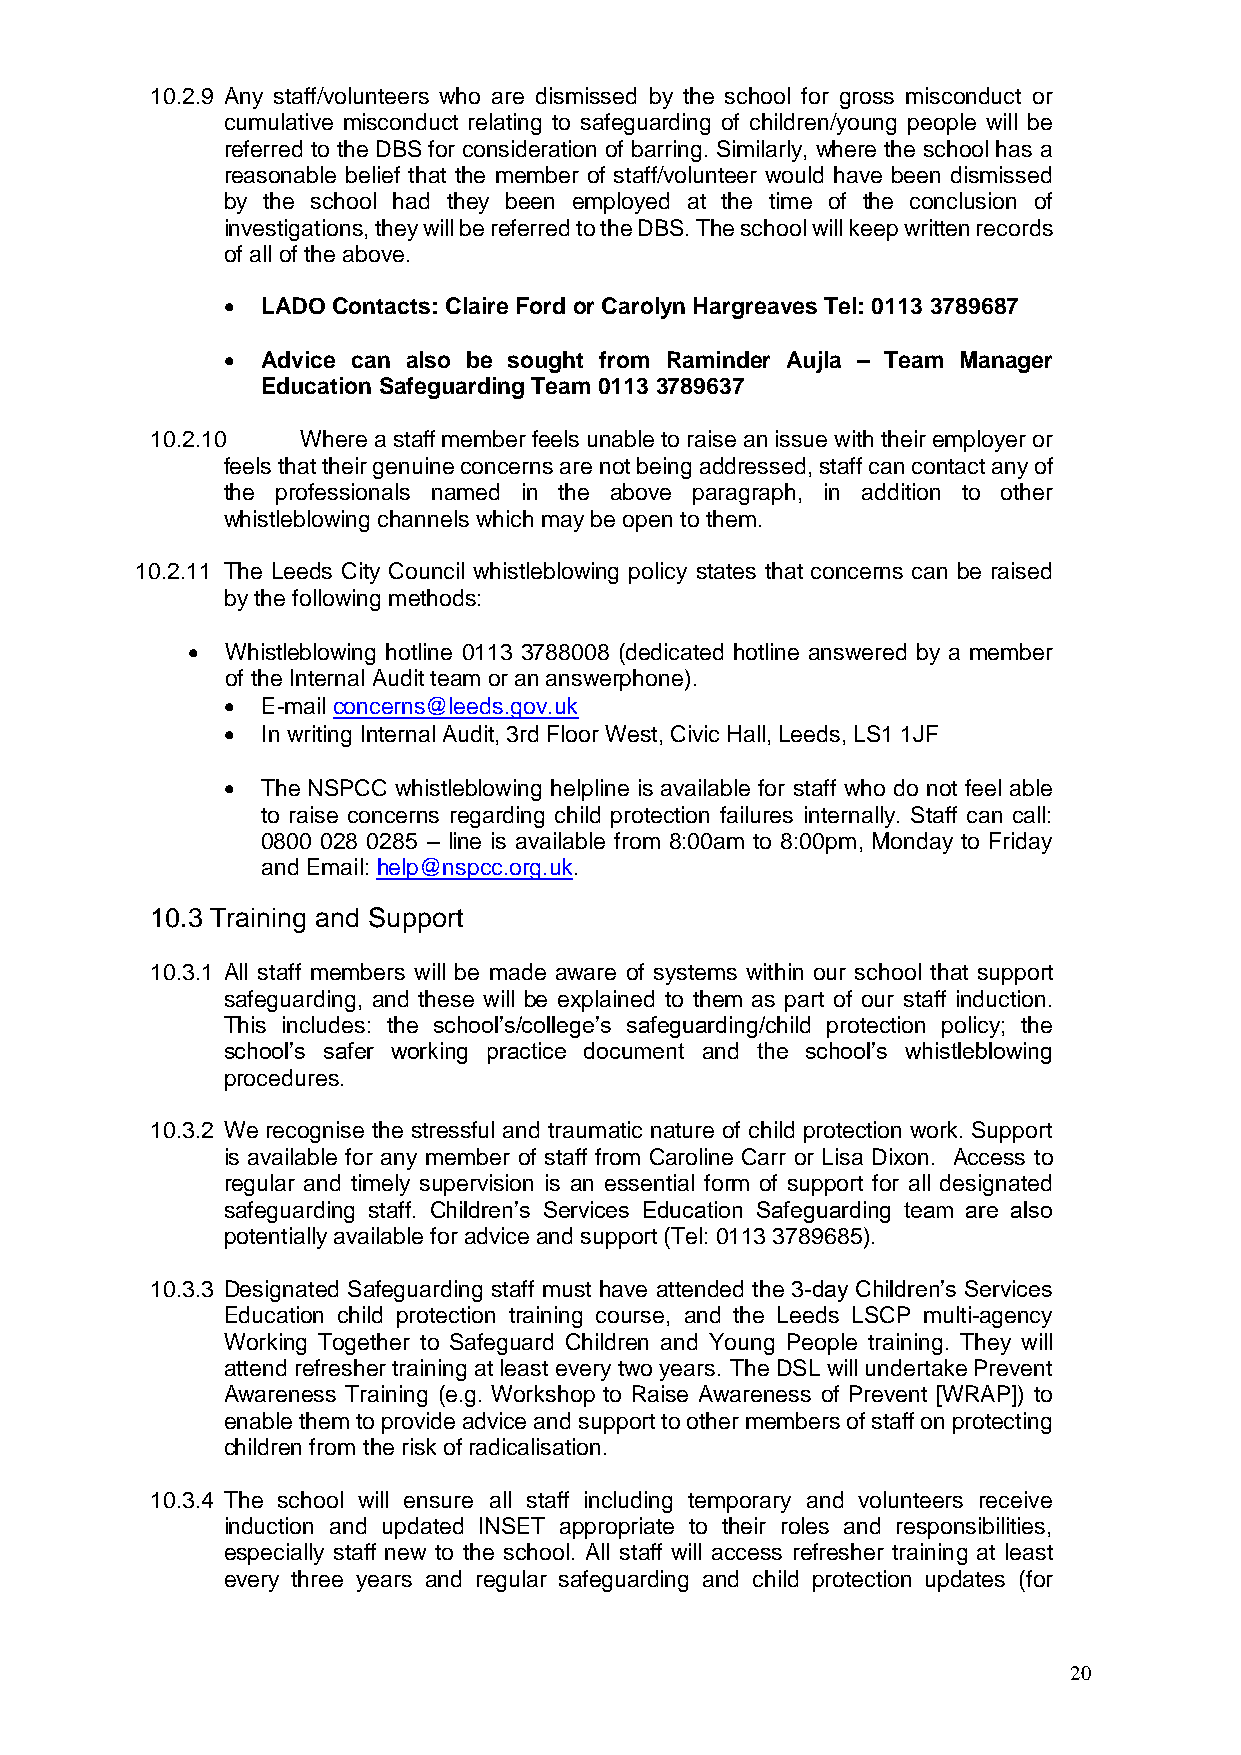
10.2.9 Any staff/volunteers who are dismissed by the school for gross misconduct or
 cumulative misconduct relating to safeguarding of children/young people will be
 referred to the DBS for consideration of barring. Similarly, where the school has a
 reasonable belief that the member of staff/volunteer would have been dismissed
 by the school had they been employed at the time of the conclusion of
 investigations, they will be referred to the DBS. The school will keep written records
 of all of the above.
  LADO Contacts: Claire Ford or Carolyn Hargreaves Tel: 0113 3789687
  Advice can also be sought from Raminder Aujla – Team Manager
 Education Safeguarding Team 0113 3789637
 10.2.10   Where a staff member feels unable to raise an issue with their employer or
 feels that their genuine concerns are not being addressed, staff can contact any of
 the professionals named in the above paragraph, in addition to other
 whistleblowing channels which may be open to them.
 10.2.11 The Leeds City Council whistleblowing policy states that concerns can be raised
 by the following methods:
   Whistleblowing hotline 0113 3788008 (dedicated hotline answered by a member
 of the Internal Audit team or an answerphone).
  E-mail concerns@leeds.gov.uk
  In writing Internal Audit, 3rd Floor West, Civic Hall, Leeds, LS1 1JF
  The NSPCC whistleblowing helpline is available for staff who do not feel able
 to raise concerns regarding child protection failures internally. Staff can call:
 0800 028 0285 – line is available from 8:00am to 8:00pm, Monday to Friday
 and Email: help@nspcc.org.uk.
 10.3 Training and Support
 10.3.1 All staff members will be made aware of systems within our school that support
 safeguarding, and these will be explained to them as part of our staff induction.
 This includes: the school’s/college’s safeguarding/child protection policy; the
 school’s safer working practice document and the school’s whistleblowing
 procedures.
 10.3.2 We recognise the stressful and traumatic nature of child protection work. Support
 is available for any member of staff from Caroline Carr or Lisa Dixon. Access to
 regular and timely supervision is an essential form of support for all designated
 safeguarding staff. Children’s Services Education Safeguarding team are also
 potentially available for advice and support (Tel: 0113 3789685).
 10.3.3 Designated Safeguarding staff must have attended the 3-day Children’s Services
 Education child protection training course, and the Leeds LSCP multi-agency
 Working Together to Safeguard Children and Young People training. They will
 attend refresher training at least every two years. The DSL will undertake Prevent
 Awareness Training (e.g. Workshop to Raise Awareness of Prevent [WRAP]) to
 enable them to provide advice and support to other members of staff on protecting
 children from the risk of radicalisation.
 10.3.4 The school will ensure all staff including temporary and volunteers receive
 induction and updated INSET appropriate to their roles and responsibilities,
 especially staff new to the school. All staff will access refresher training at least
 every three years and regular safeguarding and child protection updates (for
 20